Scottish Leaving Certificate Examination, 1955
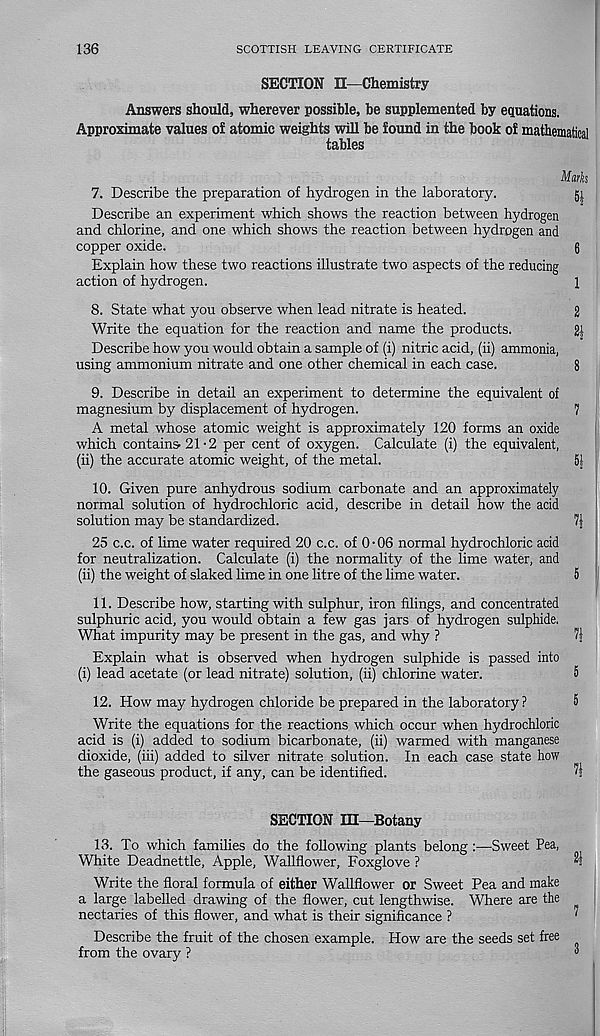
136
SCOTTISH LEAVING CERTIFICATE
SECTION n—Chemistry
Answers should, wherever possible, be supplemented by equations.
Approximate values of atomic weights will be found in the book of mathematical
tables
Mark
7. Describe the preparation of hydrogen in the laboratory.
Describe an experiment which shows the reaction between hydrogen
and chlorine, and one which shows the reaction between hydrogen and
copper oxide.
6
Explain how these two reactions illustrate two aspects of the reducing
action of hydrogen.
1
8. State what you observe when lead nitrate is heated.
2
Write the equation for the reaction and name the products.
2|
Describe how you would obtain a sample of (i) nitric acid, (ii) ammonia,
using ammonium nitrate and one other chemical in each case.
8
9. Describe in detail an experiment to determine the equivalent of
magnesium by displacement of hydrogen.
1
A metal whose atomic weight is approximately 120 forms an oxide
which contains-21-2 per cent of oxygen. Calculate (i) the equivalent,
(ii) the accurate atomic weight, of the metal.
51
10. Given pure anhydrous sodium carbonate and an approximately
normal solution of hydrochloric acid, describe in detail how the acid
solution may be standardized.
?1
25 c.c. of lime water required 20 c.c. of 0 • 06 normal hydrochloric acid
for neutralization. Calculate (i) the normality of the lime water, and
(ii) the weight of slaked lime in one litre of the lime water.
5
11. Describe how, starting with sulphur, iron filings, and concentrated
sulphuric acid, you would obtain a few gas jars of hydrogen sulphide,
What impurity may be present in the gas, and why ?
71
Explain what is observed when hydrogen sulphide is passed into
(i) lead acetate (or lead nitrate) solution, (ii) chlorine water.
5
12. How may hydrogen chloride be prepared in the laboratory?
5
Write the equations for the reactions which occur when hydrochloric
acid is (i) added to sodium bicarbonate, (ii) warmed with manganese
dioxide, (iii) added to silver nitrate solution. In each case state how
the gaseous product, if any, can be identified.
7j
SECTION m—Botany
13. To which families do the following plants belong :—Sweet Pea,
White Deadnettle, Apple, Wallflower, Foxglove ?
^
Write the floral formula of either Wallflower or Sweet Pea and make
a large labelled drawing of the flower, cut lengthwise. Where are the
nectaries of this flower, and what is their significance ?
1
Describe the fruit of the chosen example. How are the seeds set free
from the ovary ?
“